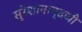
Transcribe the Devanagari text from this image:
सुरेशानान्दजी